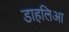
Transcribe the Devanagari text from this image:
डाहलिआ